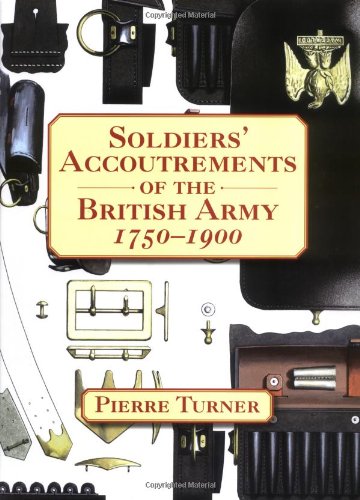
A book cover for Soldiers' Accoutrements of the British Army 1750-1900; Pierre Turner; History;